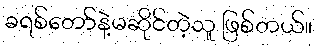
ခရစ်တော်နဲ့မဆိုင်တဲ့သူ ဖြစ်တယ်။